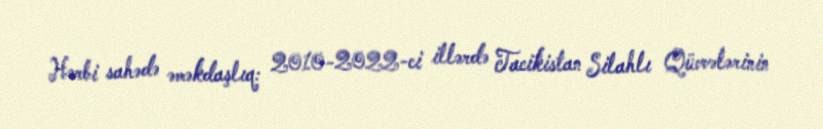
Hərbi sahədə əməkdaşlıq: 2010-2022-ci illərdə Tacikistan Silahlı Qüvvələrinin